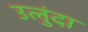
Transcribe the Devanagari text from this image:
उलुंदा